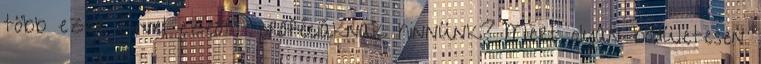
több ezer évvel ezeőtti próféciáknak hinnünk? Mert olyan bődületesen